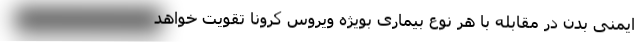
ایمنی بدن در مقابله با هر نوع بیماری بویژه ویروس کرونا تقویت خواهد